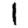
Digit: 1